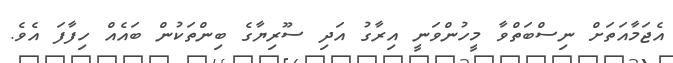
އެޖަމާއަތަށް ނިސްބަތްވާ މީހުންވަނީ އިރާގު އަދި ސޫރިޔާގެ ބިންތަކުން ބައެއް ހިފާފަ އެވެ.